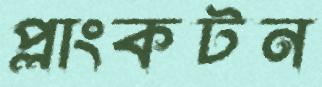
প্লাংকটন